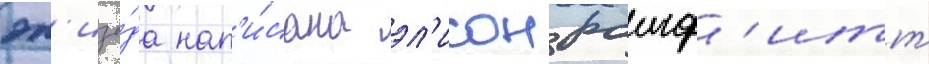
эп'изо́да нап'и́сана эл'исон рамф'итт